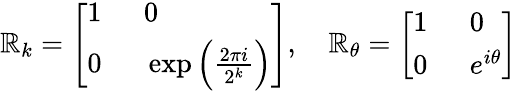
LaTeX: \mathbb{R}_{k}=\left[\begin{array}{ll}{1~}&{~0}\\ {0~}&{~\exp\Big(\frac{2\pi i}{2^{k}}\Big)}\end{array}\right],~~~~\mathbb{R}_{\theta}=\left[\begin{array}{ll}{1~}&{~0}\\ {0~}&{~e^{i\theta}}\end{array}\right]